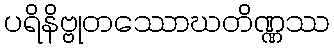
ပရိနိဗ္ဗုတဿောဃတိဏ္ဏဿ